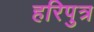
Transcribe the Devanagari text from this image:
हरिपुत्र